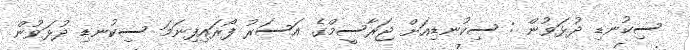
ސިކުނޑި ދުޅަވުން : ސިކުނޑިއަށް ޖަރާސީމްގެ އަސަރު ފޯރައިފިނަމަ ސިކުނޑި ދުޅަވުން